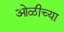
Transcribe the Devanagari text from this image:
ओळीच्या